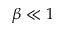
\beta \ll 1